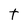
Character: t